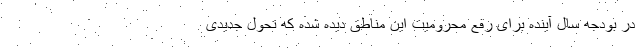
در بودجه سال آینده برای رفع محرومیت این مناطق دیده شده که تحول جدیدی